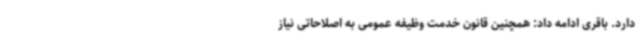
دارد. باقری ادامه داد: همچنین قانون خدمت وظیفه عمومی به اصلاحاتی نیاز